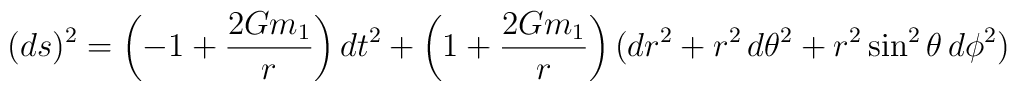
(ds)^2=\left(-1+\frac{2Gm_1}{r}\right) dt^2 + \left( 1+  \frac{2Gm_1}{r} \right) \bigl( dr^2+r^2\,d\theta^2+r^2\sin^2  \theta\, d\phi^2 \bigr)